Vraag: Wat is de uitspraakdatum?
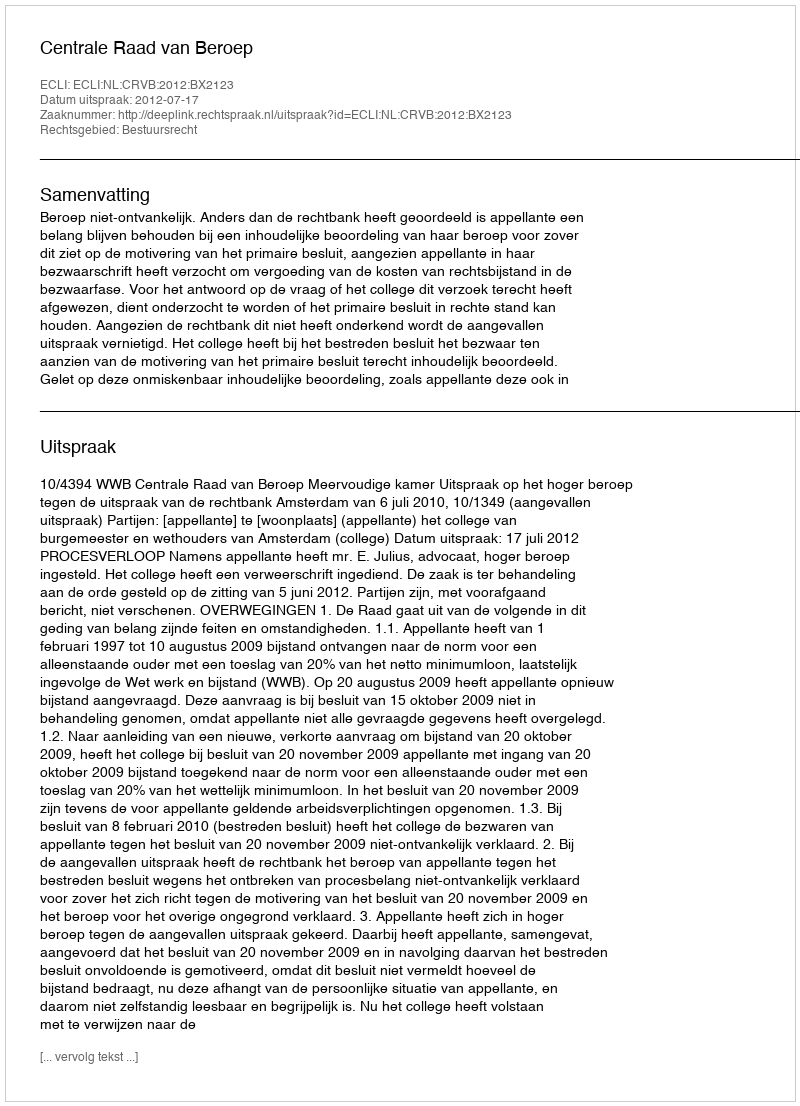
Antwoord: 2012-07-17